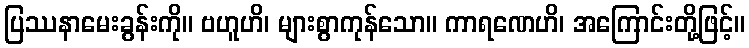
ပြဿနာမေးခွန်းကို။ ဗဟူဟိ၊ များစွာကုန်သော။ ကာရဏေဟိ၊ အကြောင်းတို့ဖြင့်။